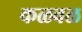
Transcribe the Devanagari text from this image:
कळवळ